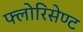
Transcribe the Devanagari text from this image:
फ्लोरिसेण्ट